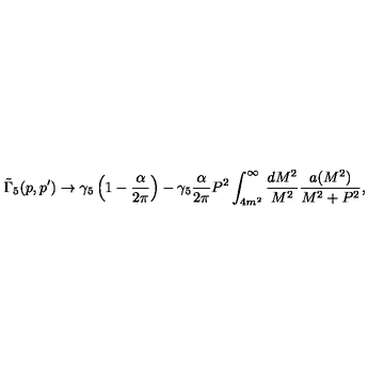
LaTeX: \tilde { \Gamma } _ { 5 } ( p , p ^ { \prime } ) \to \gamma _ { 5 } \left( 1 - \frac { \alpha } { 2 \pi } \right) - \gamma _ { 5 } \frac { \alpha } { 2 \pi } P ^ { 2 } \int _ { 4 m ^ { 2 } } ^ { \infty } \frac { d M ^ { 2 } } { M ^ { 2 } } \frac { a ( M ^ { 2 } ) } { M ^ { 2 } + P ^ { 2 } } ,